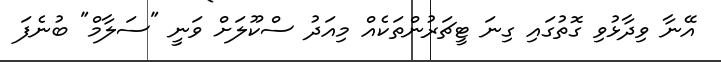
އޭނާ ވިދާޅުވި ގޮތުގައި ގިނަ ޓީޗަރުންތަކެއް މިއަދު ސްކޫލަށް ވަނީ "ސަލާމް" ބުނެފަ